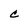
Character: c